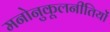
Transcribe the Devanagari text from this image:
मनोनुकूलनीतियों